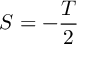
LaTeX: S = - \frac T 2